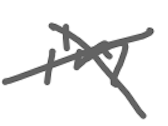
Text: in
Cross-out: cross
Writing tool: digital_gray